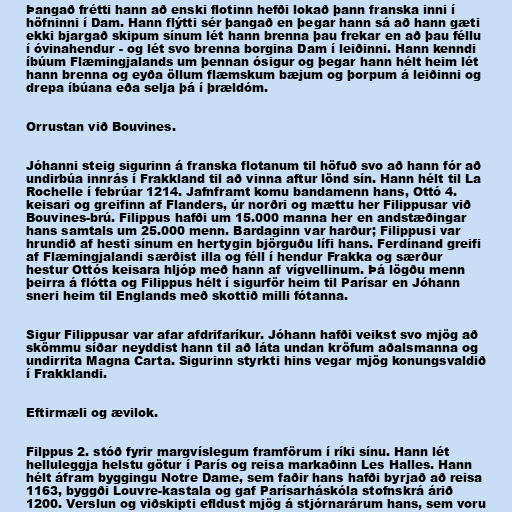
Þangað frétti hann að enski flotinn hefði lokað þann franska inni í
höfninni í Dam. Hann flýtti sér þangað en þegar hann sá að hann gæti
ekki bjargað skipum sínum lét hann brenna þau frekar en að þau féllu
í óvinahendur - og lét svo brenna borgina Dam í leiðinni. Hann kenndi
íbúum Flæmingjalands um þennan ósigur og þegar hann hélt heim lét
hann brenna og eyða öllum flæmskum bæjum og þorpum á leiðinni og
drepa íbúana eða selja þá í þrældóm.

Orrustan við Bouvines.

Jóhanni steig sigurinn á franska flotanum til höfuð svo að hann fór að
undirbúa innrás í Frakkland til að vinna aftur lönd sín. Hann hélt til La
Rochelle í febrúar 1214. Jafnframt komu bandamenn hans, Ottó 4.
keisari og greifinn af Flanders, úr norðri og mættu her Filippusar við
Bouvines-brú. Filippus hafði um 15.000 manna her en andstæðingar
hans samtals um 25.000 menn. Bardaginn var harður; Filippusi var
hrundið af hesti sínum en hertygin björguðu lífi hans. Ferdínand greifi
af Flæmingjalandi særðist illa og féll í hendur Frakka og særður
hestur Ottós keisara hljóp með hann af vígvellinum. Þá lögðu menn
þeirra á flótta og Filippus hélt í sigurför heim til Parísar en Jóhann
sneri heim til Englands með skottið milli fótanna.

Sigur Filippusar var afar afdrifaríkur. Jóhann hafði veikst svo mjög að
skömmu síðar neyddist hann til að láta undan kröfum aðalsmanna og
undirrita Magna Carta. Sigurinn styrkti hins vegar mjög konungsvaldið
í Frakklandi.

Eftirmæli og ævilok.

Filppus 2. stóð fyrir margvíslegum framförum í ríki sínu. Hann lét
helluleggja helstu götur í París og reisa markaðinn Les Halles. Hann
hélt áfram byggingu Notre Dame, sem faðir hans hafði byrjað að reisa
1163, byggði Louvre-kastala og gaf Parísarháskóla stofnskrá árið
1200. Verslun og viðskipti efldust mjög á stjórnarárum hans, sem voru